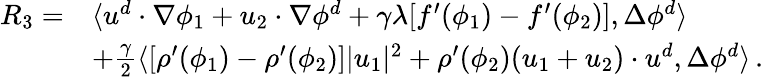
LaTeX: \begin{array}{rl}{R_{3}=}&{\langle u^{d}\cdot\nabla\phi_{1}+u_{2}\cdot\nabla\phi^{d}+\gamma\lambda[f^{\prime}(\phi_{1})-f^{\prime}(\phi_{2})],\Delta\phi^{d}\rangle}\\ &{+\frac{\gamma}{2}\langle[\rho^{\prime}(\phi_{1})-\rho^{\prime}(\phi_{2})]|u_{1}|^{2}+\rho^{\prime}(\phi_{2})(u_{1}+u_{2})\cdot u^{d},\Delta\phi^{d}\rangle\, .}\end{array}